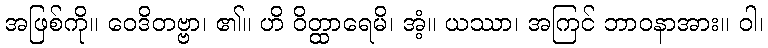
အဖြစ်ကို။ ဝေဒိတဗ္ဗာ၊ ၏။ ဟိ ဝိတ္ထာရေမိ၊ အံ့။ ယဿာ၊ အကြင် ဘာဝနာအား။ ဝါ၊